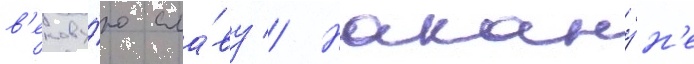
в'екову́ю сла́ву // Накану́н'е